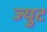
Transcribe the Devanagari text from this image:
ज्युट